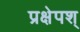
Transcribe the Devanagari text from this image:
प्रक्षेपश्